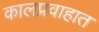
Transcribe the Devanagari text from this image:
कालप्रवाहात